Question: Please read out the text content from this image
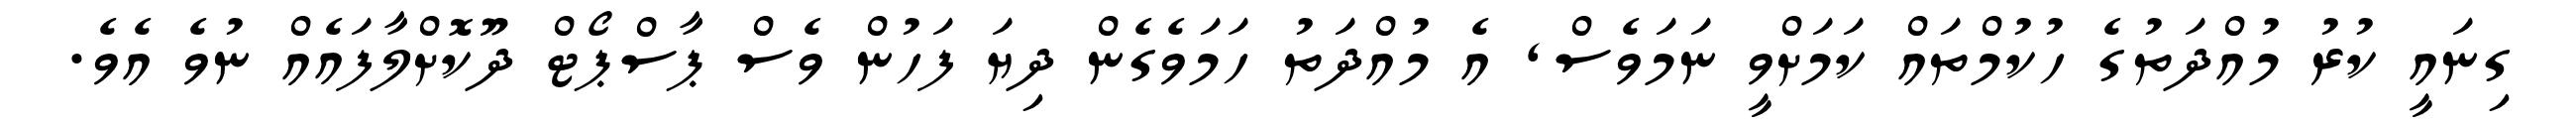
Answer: ގިނައީ ކުރު މުއްދަތުގެ ހުކުމްތައް ކަމަށްވީ ނަމަވެސް, އެ މުއްދަތު ހަމަވެގެން ދިޔަ ފަހުން ވެސް ޕާސްޕޯޓް ދޫކޮށްލާފައެއް ނުވެ އެވެ.